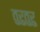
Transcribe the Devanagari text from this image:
तुरुतुरु